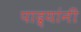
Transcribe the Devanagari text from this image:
पाद्र्यांनी